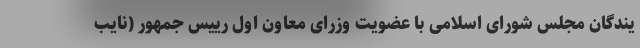
یندگان مجلس شورای اسلامی با عضویت وزرای معاون اول رییس جمهور (نایب